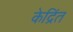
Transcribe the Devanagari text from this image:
केद्रिंत